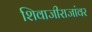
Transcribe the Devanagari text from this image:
शिवाजीराजांवर